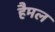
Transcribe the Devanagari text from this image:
हैमल